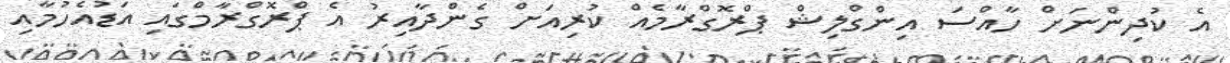
އެ ކުދިންނަށް ހާއްސަ އިންގްލިޝް ޕްރޮގްރާމެއް ކުރިއަށް ގެންދާއިރު އެ ޕްރޮގްރާމްގައި އަޑުއެހުމާއި